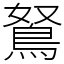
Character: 鴑